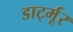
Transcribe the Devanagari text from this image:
डार्ट्मूर